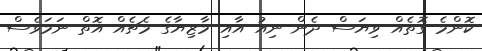
ކޮންމެ ގޮތެއް ވިޔަސް ދެން ނިއު އާއި މާޒިޔާގެ މެޗެއް އޮތް ނަމަވެސް